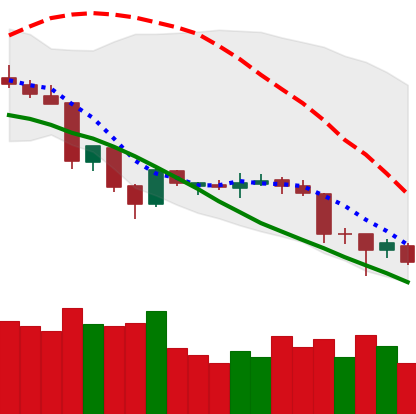
Ticker: XLM-USD
Chart end date: 2018-06-26
Forward return: 6.483%
Label: up_5_7